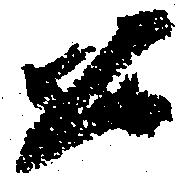
公